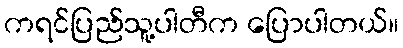
ကရင်ပြည်သူ့ပါတီက ပြောပါတယ်။